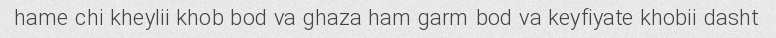
hame chi kheylii khob bod va ghaza ham garm bod va keyfiyate khobii dasht